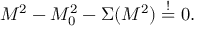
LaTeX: M ^ { 2 } - M _ { 0 } ^ { 2 } - \Sigma ( M ^ { 2 } ) \stackrel { ! } { = } 0 .